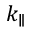
k _ { \parallel }